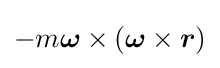
-m{\boldsymbol {\omega }}\times ({\boldsymbol {\omega }}\times {\boldsymbol {r}})